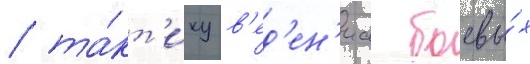
/ та́кт'ику в'ед'ен'иа боевы́х